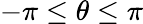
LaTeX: -\pi\leq\theta\leq\pi